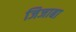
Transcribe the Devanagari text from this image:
जिजाबा